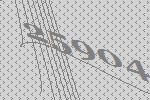
25904